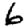
Digit: 6